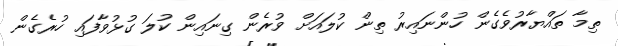
ތިމާ ތައްޔާރުވެގެން ހުންނައިރު ތިން ކުލައަށް ވުރެން ގިނައިން ކުލަ ގުޅުވާފައި ހުރެގެން